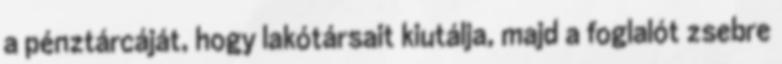
a pénztárcáját, hogy lakótársait kiutálja, majd a foglalót zsebre